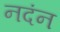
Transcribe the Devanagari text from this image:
नदंन